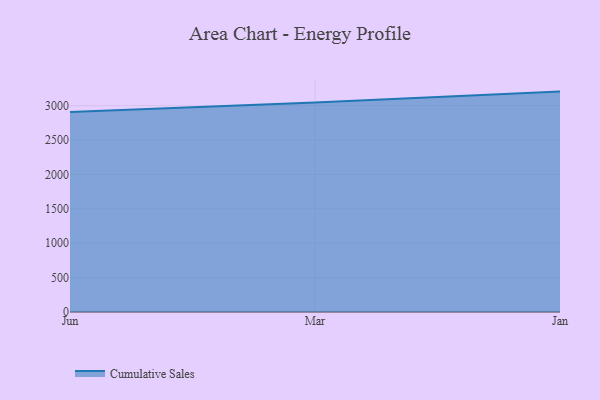
{"axis": {"x": "Month", "y": "Satisfaction Score"}, "legend": ["Cumulative Sales"], "data": [{"x": "Jun", "y": 2908.6, "type": "Cumulative Sales"}, {"x": "Mar", "y": 3044.8, "type": "Cumulative Sales"}, {"x": "Jan", "y": 3204.3, "type": "Cumulative Sales"}]}